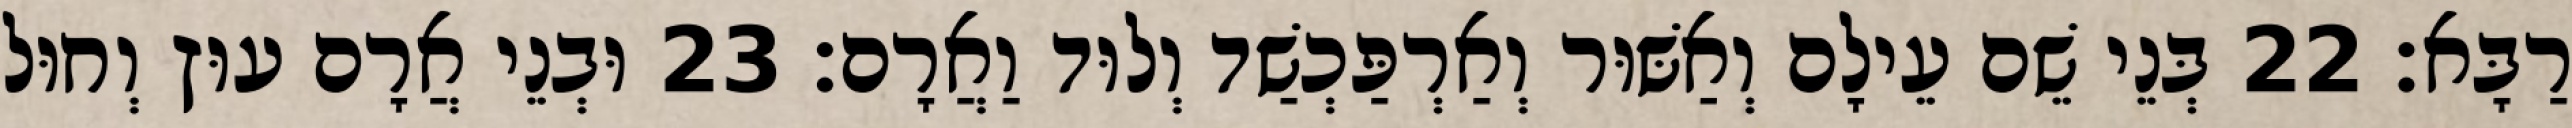
רַבָּא׃ 22 בְּנֵי שֵׁם עֵילָם וְאַשּׁוּר וְאַרְפַּכְשַׁד וְלוּד וַאֲרָם׃ 23 וּבְנֵי אֲרָם עוּץ וְחוּל